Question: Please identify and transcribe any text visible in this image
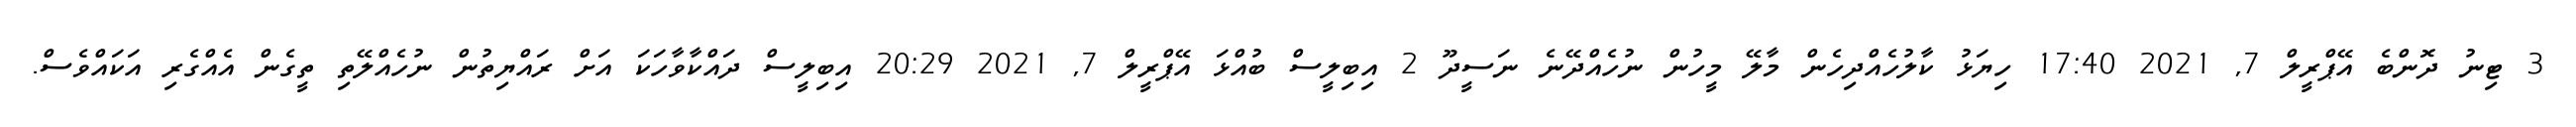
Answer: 3 ޓިނު ދޮންބެ އޭޕްރީލް 7, 2021 17:40 ހިޔަޅު ކާލުހެއްދިހެން މާލޭ މީހުން ނުހެއްދޭނެ ނަސީދޫ 2 އިބިލީސް ބުއްޅަ އޭޕްރީލް 7, 2021 20:29 އިބިލީސް ދައްކާވާހަކަ އަށް ރައްޔިތުން ނުހެއްލޭތި ތީގެން އެއްގެރި އަކައްވެސް.